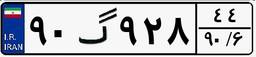
۹۰گ۹۲۸۴۴